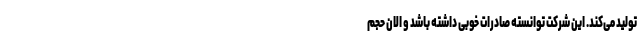
تولید می‌کند. این شرکت توانسته صادرات خوبی داشته باشد و الان حجم